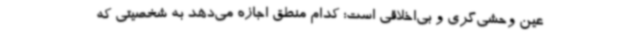
عین وحشی‌گری و بی‌اخلاقی است؛ کدام منطق اجازه می‌دهد به شخصیتی که